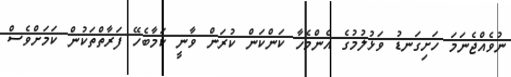
ނުވެއްޖެނަމަ ހަށިގަނޑު ވަޅުލުމުގެ އެންމެހާ ކަންކަން ކުރަން ވާނީ ކަމާބެހޭ ފަރާތްތަކުން ކަމަށްވެސް